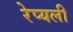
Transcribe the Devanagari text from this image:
रेप्यली